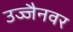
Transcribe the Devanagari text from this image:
उज्जैनवर